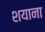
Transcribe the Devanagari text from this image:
शयाना